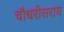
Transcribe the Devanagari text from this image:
चौधरीसराय